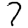
Digit: 7